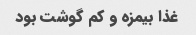
غذا بیمزه و کم گوشت بود